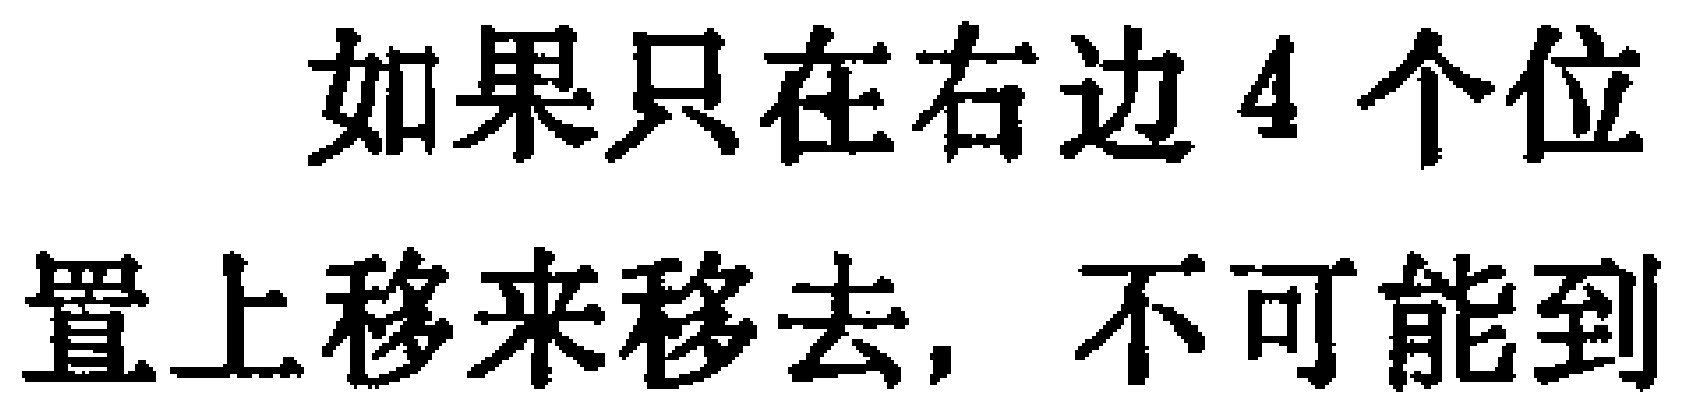
如果只在右边4个位\\置上移来移去，不可能到